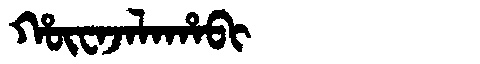
Manchu: ᡥᡡᠸᠠᠵᠠᠯᠠᡥᠠᠪᡳ
Romanization: HŪWAJALAHABI